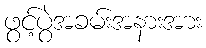
ဖွင့်ပွဲအခမ်းအနားအား